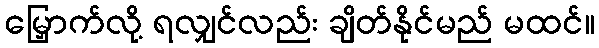
မြှောက်လို့ ရလျှင်လည်း ချိတ်နိုင်မည် မထင်။